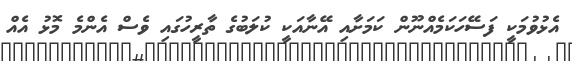
އެޅުވުމަކީ ފަސޭހަކަމެއްނޫން ކަމަށާއި އޭނާއަކީ ކުލަބުގެ ތާރީހުގައި ވެސް އެންމެ މޮޅު އެއް